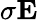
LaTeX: \sigma{\mathbf E}